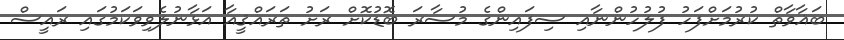
ބަޣާވާތް ކުރުމަށްފަހު ފުލުހުންނާއި ސިފައިންގެ މުސާރަ ބޮޑުކޮށް ރަށު ތަރައްޤީއާ އަޅާނުލެވިވަކަމުގައި ރައީސް